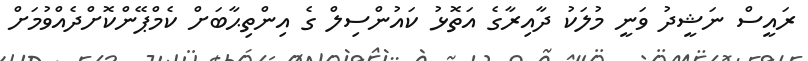
ރައީސް ނަޝީދު ވަނީ މުލަކު ދާއިރާގެ އަތޮޅު ކައުންސިލް ގެ އިންތިޙާބަށް ކެމްޕޭންކޮށްދެއްވުމަށް